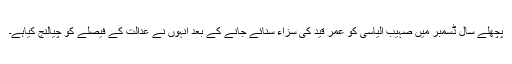
پچھلے سال ڈسمبر میں صہیب الیاسی کو عمر قید کی سزاء سنائے جانے کے بعد انہوں نے عدالت کے فیصلے کو چیالنج کیاہے۔